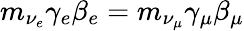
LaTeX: m_{\nu_{e}}\gamma_{e}\beta_{e}=m_{\nu_{\mu}}\gamma_{\mu}\beta_{\mu}